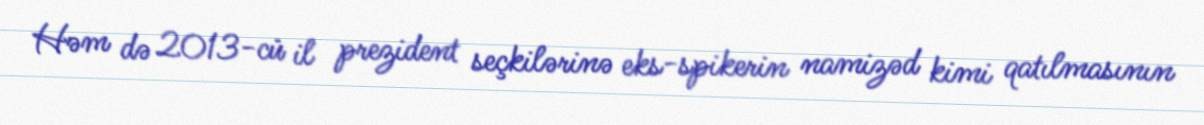
Həm də 2013-cü il prezident seçkilərinə eks-spikerin namizəd kimi qatılmasının